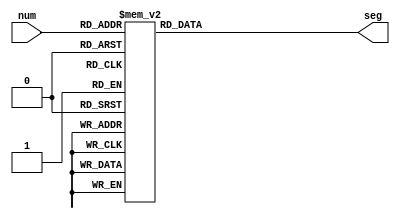
`timescale 1ns / 1ps
//////////////////////////////////////////////////////////////////////////////////
// Company: 
// Engineer: 
// 
// Design Name: 
// Module Name: sevensegdecoder
// Project Name: 
// Target Devices: 
// Tool Versions: 
// Description: 
// 
// Dependencies: 
// 
// Revision:
// Revision 0.01 - File Created
// Additional Comments:
// 
//////////////////////////////////////////////////////////////////////////////////


module sevensegdecoder (
    input [3:0] num,  // 4-bit input representing a decimal digit
    output reg [6:0] seg   // 7-bit output representing segments to display
);

    always @* begin
        case (num)
            4'b0000: seg = 7'b1111110;  // 0
            4'b0001: seg = 7'b0110000;  // 1
            4'b0010: seg = 7'b1101101;  // 2
            4'b0011: seg = 7'b1111001;  // 3
            4'b0100: seg = 7'b0110011;  // 4
            4'b0101: seg = 7'b1011011;  // 5
            4'b0110: seg = 7'b1011111;  // 6
            4'b0111: seg = 7'b1110000;  // 7
            4'b1000: seg = 7'b1111111;  // 8
            4'b1001: seg = 7'b1111011;  // 9
            default: seg = 7'b0000000;  // Blank for other values
        endcase
    end

endmodule